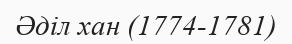
Әділ хан (1774-1781)